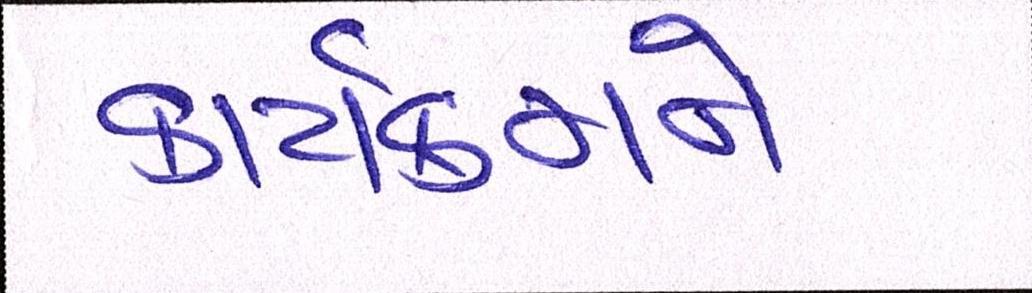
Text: કાર્યક્રમને